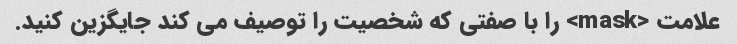
علامت <mask> را با صفتی که شخصیت را توصیف می کند جایگزین کنید.